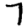
Digit: 7